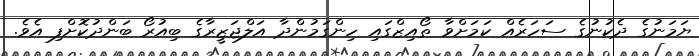
ޔަމަނުގެ ދެކުނުގެ ސަހަރެއް ކަމަށްވާ ތޯއިޒްގައި ހިންގަމުންދާ އަލްޖަޒީރާގެ ބިއުރޯ ބަންދުކޮށްފި އެވެ.